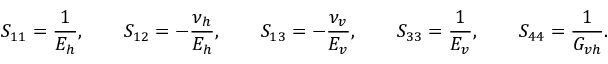
S _ { 1 1 } = \frac { 1 } { E _ { h } } , \qquad S _ { 1 2 } = - \frac { \nu _ { h } } { E _ { h } } , \qquad S _ { 1 3 } = - \frac { \nu _ { v } } { E _ { v } } , \qquad S _ { 3 3 } = \frac { 1 } { E _ { v } } , \qquad S _ { 4 4 } = \frac { 1 } { G _ { v h } } .